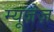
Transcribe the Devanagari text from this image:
म्यूज़ेज़